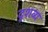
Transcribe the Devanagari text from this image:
दृशव्य